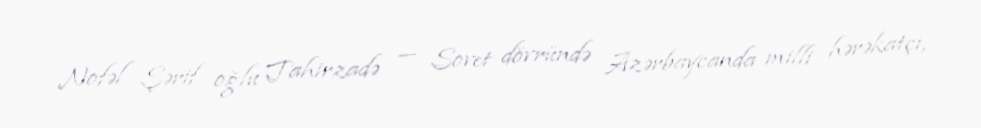
Nofəl Şərif oğlu Tahirzadə — Sovet dövründə Azərbaycanda milli hərəkatçı,